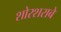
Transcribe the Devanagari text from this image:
शोरशराबे